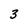
Character: 3